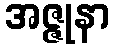
အဇ္ဇုနာ